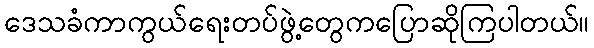
ဒေသခံကာကွယ်ရေးတပ်ဖွဲ့တွေကပြောဆိုကြပါတယ်။